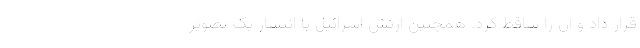
قرار داد و آن را ساقط کرد. همچنین ارتش اسرائیل با انتشار یک تصویر